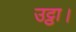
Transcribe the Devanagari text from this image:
उट्ठा।